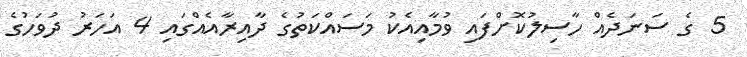
5 ގެ ސަނަދެއް ހާސިލުކޮށްފައި ވުމާއިއެކު މަސައްކަތުގެ ދާއިރާއެއްގައި 4 އަހަރު ދުވަހުގެ